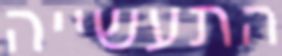
התעשייה